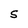
Character: S